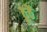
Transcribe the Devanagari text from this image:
ठूठें